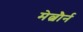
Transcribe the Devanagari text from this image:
मेल्बौर्न